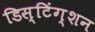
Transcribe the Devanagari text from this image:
डिस्टिंग्शन